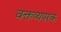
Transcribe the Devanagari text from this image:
वक्तव्यपरक